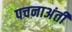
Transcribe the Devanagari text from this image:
पचनाअंती